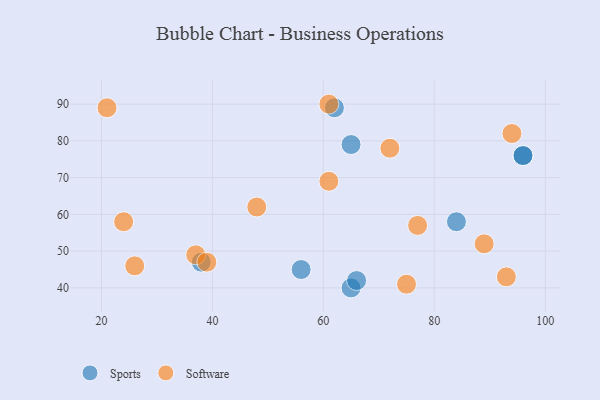
{"axis": {"x": "GDP", "y": "Life Expectancy"}, "legend": ["Software", "Sports"], "data": [{"x": "56", "y": 45, "type": "Sports"}, {"x": "65", "y": 79, "type": "Sports"}, {"x": "38", "y": 47, "type": "Sports"}, {"x": "96", "y": 76, "type": "Sports"}, {"x": "62", "y": 89, "type": "Sports"}, {"x": "65", "y": 40, "type": "Sports"}, {"x": "96", "y": 76, "type": "Sports"}, {"x": "84", "y": 58, "type": "Sports"}, {"x": "66", "y": 42, "type": "Sports"}, {"x": "37", "y": 49, "type": "Software"}, {"x": "61", "y": 69, "type": "Software"}, {"x": "24", "y": 58, "type": "Software"}, {"x": "48", "y": 62, "type": "Software"}, {"x": "94", "y": 82, "type": "Software"}, {"x": "21", "y": 89, "type": "Software"}, {"x": "89", "y": 52, "type": "Software"}, {"x": "61", "y": 90, "type": "Software"}, {"x": "93", "y": 43, "type": "Software"}, {"x": "39", "y": 47, "type": "Software"}, {"x": "75", "y": 41, "type": "Software"}, {"x": "77", "y": 57, "type": "Software"}, {"x": "72", "y": 78, "type": "Software"}, {"x": "26", "y": 46, "type": "Software"}]}